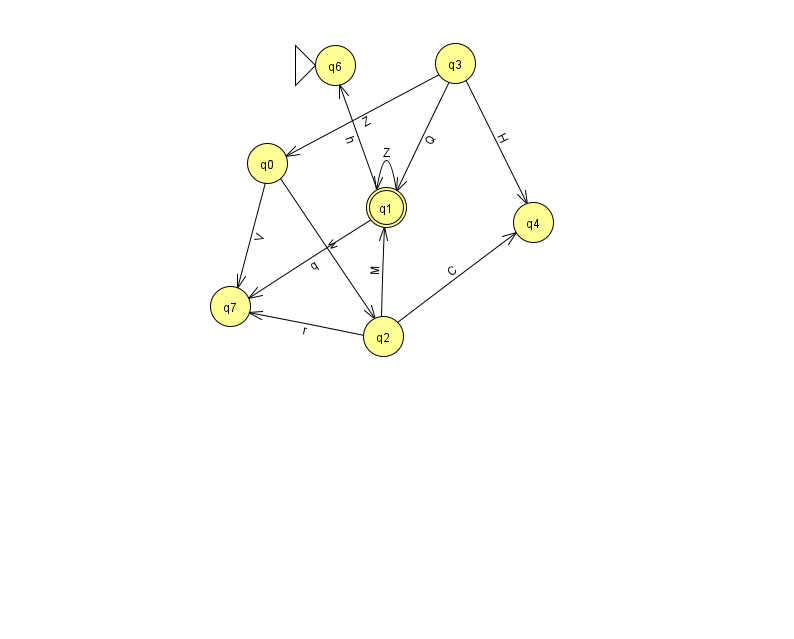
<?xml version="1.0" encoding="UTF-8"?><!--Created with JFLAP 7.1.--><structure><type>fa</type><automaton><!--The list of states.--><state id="0" name="q0"><x>267.0</x><y>150.0</y></state><state id="1" name="q1"><x>386.0</x><y>194.0</y><final/></state><state id="2" name="q2"><x>383.0</x><y>323.0</y></state><state id="3" name="q3"><x>455.0</x><y>50.0</y></state><state id="4" name="q4"><x>533.0</x><y>209.0</y></state><state id="6" name="q6"><x>335.0</x><y>52.0</y><initial/></state><state id="7" name="q7"><x>230.0</x><y>293.0</y></state><!--The list of transitions.--><transition><from>3</from><to>0</to><read>Z</read></transition><transition><from>0</from><to>2</to><read>w</read></transition><transition><from>1</from><to>1</to><read>Z</read></transition><transition><from>3</from><to>4</to><read>H</read></transition><transition><from>2</from><to>7</to><read>r</read></transition><transition><from>0</from><to>7</to><read>V</read></transition><transition><from>1</from><to>6</to><read>h</read></transition><transition><from>1</from><to>7</to><read>q</read></transition><transition><from>3</from><to>1</to><read>Q</read></transition><transition><from>2</from><to>1</to><read>M</read></transition><transition><from>2</from><to>4</to><read>C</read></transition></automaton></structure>